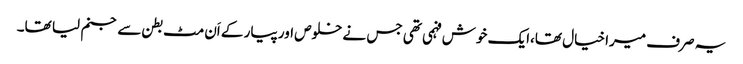
یہ صرف میرا خیال تھا،ایک خوش فہمی تھی جس نے خلوص اور پیار کے اَن مٹ بطن سے جنم لیا تھا۔